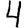
Digit: 4